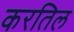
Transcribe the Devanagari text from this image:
करतिल